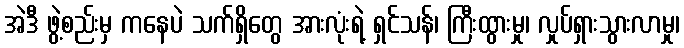
အဲဒီ ဖွဲ့စည်းမှ ကနေပဲ သက်ရှိတွေ အားလုံးရဲ့ ရှင်သန်၊ ကြီးထွားမှု၊ လှုပ်ရှားသွားလာမှု၊